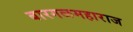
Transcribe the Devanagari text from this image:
बारगळमहाराज